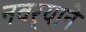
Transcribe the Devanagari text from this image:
नवर्‍याने